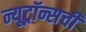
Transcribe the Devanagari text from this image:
न्यूट्रॉन्सची